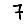
Digit: 7